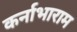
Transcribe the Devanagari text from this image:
कर्नाभाराम